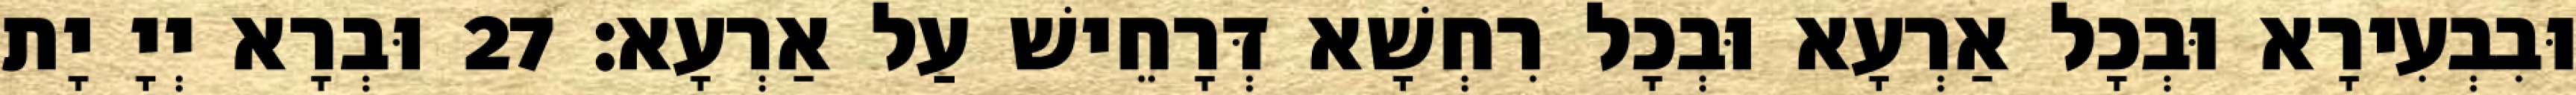
וּבִבְעִירָא וּבְכָל אַרְעָא וּבְכָל רִחְשָׁא דְּרָחֵישׁ עַל אַרְעָא׃ 27 וּבְרָא יְיָ יָת